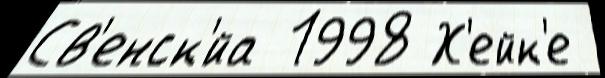
Св'енск'́йа 1998 Х'ейк'е